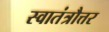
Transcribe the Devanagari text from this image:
स्वातंत्रौत्तर